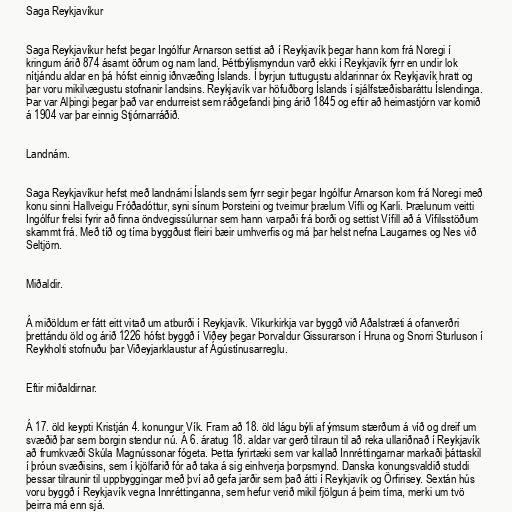
Saga Reykjavíkur

Saga Reykjavíkur hefst þegar Ingólfur Arnarson settist að í Reykjavík þegar hann kom frá Noregi í
kringum árið 874 ásamt öðrum og nam land. Þéttbýlismyndun varð ekki í Reykjavík fyrr en undir lok
nítjándu aldar en þá hófst einnig iðnvæðing Íslands. Í byrjun tuttugustu aldarinnar óx Reykjavík hratt og
þar voru mikilvægustu stofnanir landsins. Reykjavík var höfuðborg Íslands í sjálfstæðisbaráttu Íslendinga.
Þar var Alþingi þegar það var endurreist sem ráðgefandi þing árið 1845 og eftir að heimastjórn var komið
á 1904 var þar einnig Stjórnarráðið.

Landnám.

Saga Reykjavíkur hefst með landnámi Íslands sem fyrr segir þegar Ingólfur Arnarson kom frá Noregi með
konu sinni Hallveigu Fróðadóttur, syni sínum Þorsteini og tveimur þrælum Vífli og Karli. Þrælunum veitti
Ingólfur frelsi fyrir að finna öndvegissúlurnar sem hann varpaði frá borði og settist Vífill að á Vífilsstöðum
skammt frá. Með tíð og tíma byggðust fleiri bæir umhverfis og má þar helst nefna Laugarnes og Nes við
Seltjörn.

Miðaldir.

Á miðöldum er fátt eitt vitað um atburði í Reykjavík. Víkurkirkja var byggð við Aðalstræti á ofanverðri
þrettándu öld og árið 1226 hófst byggð í Viðey þegar Þorvaldur Gissurarson í Hruna og Snorri Sturluson í
Reykholti stofnuðu þar Viðeyjarklaustur af Ágústínusarreglu.

Eftir miðaldirnar.

Á 17. öld keypti Kristján 4. konungur Vík. Fram að 18. öld lágu býli af ýmsum stærðum á víð og dreif um
svæðið þar sem borgin stendur nú. Á 6. áratug 18. aldar var gerð tilraun til að reka ullariðnað í Reykjavík
að frumkvæði Skúla Magnússonar fógeta. Þetta fyrirtæki sem var kallað Innréttingarnar markaði þáttaskil
í þróun svæðisins, sem í kjölfarið fór að taka á sig einhverja þorpsmynd. Danska konungsvaldið studdi
þessar tilraunir til uppbyggingar með því að gefa jarðir sem það átti í Reykjavík og Örfirisey. Sextán hús
voru byggð í Reykjavík vegna Innréttinganna, sem hefur verið mikil fjölgun á þeim tíma, merki um tvö
þeirra má enn sjá.